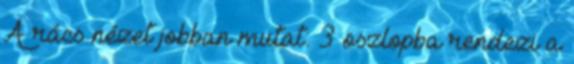
A rács nézet jobban mutat: 3 oszlopba rendezi a